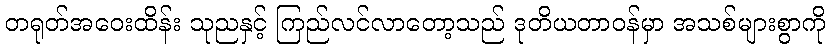
တရုတ်အဝေးထိန်း သုညနှင့် ကြည်လင်လာတော့သည် ဒုတိယတာဝန်မှာ အသစ်များစွာကို